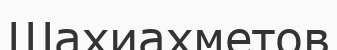
Шахиахметов